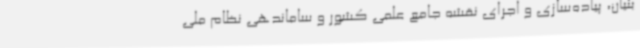
بنیان، پیاده‌سازی و اجرای نقشه جامع علمی کشور و ساماندهی نظام ملی